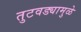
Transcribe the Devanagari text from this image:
तुटवड्यामुळे